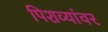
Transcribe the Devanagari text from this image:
पिशव्यांवर